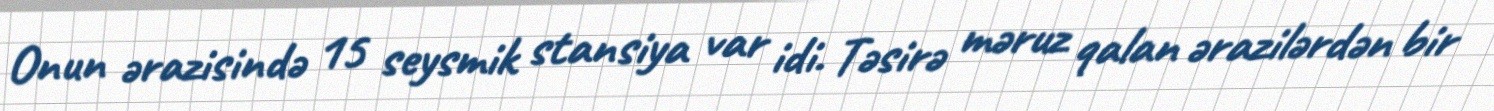
Onun ərazisində 15 seysmik stansiya var idi. Təsirə məruz qalan ərazilərdən bir